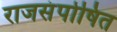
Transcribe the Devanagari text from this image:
राजसंपोषित